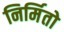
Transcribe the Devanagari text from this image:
निर्मितो